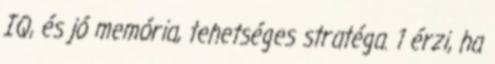
IQ, és jó memória, tehetséges stratéga. 1 érzi, ha